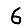
Digit: 6